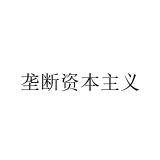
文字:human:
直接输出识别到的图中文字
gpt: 垄断资本主义